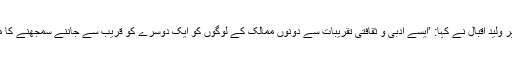
اس موقعے پر وليد اقبال نے کہا: ’ایسے ادبی و ثقافتی تقریبات سے دونوں ممالک کے لوگوں کو ایک دوسرے کو قریب سے جاننے سمجھنے کا موقع ملے گا۔